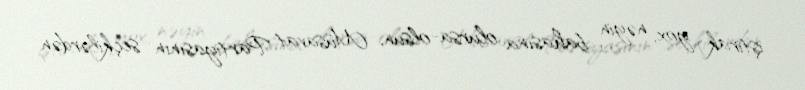
iştirak yox, nəyin bahasına olursa-olsun, Müsavat Partiyasının seçkilərdən